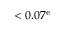
< 0 . 0 7 ^ { \mathrm { e } }